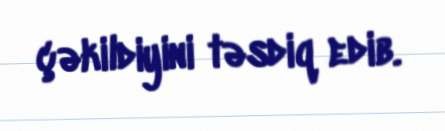
çəkildiyini təsdiq edib.